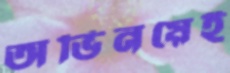
অভিনয়েই